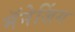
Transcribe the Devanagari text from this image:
मॅनेजिंग